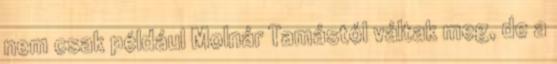
nem csak például Molnár Tamástól váltak meg, de a